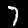
Digit: 7